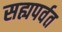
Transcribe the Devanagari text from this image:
सह्यपर्वत